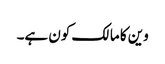
وین کا مالک کون ہے۔